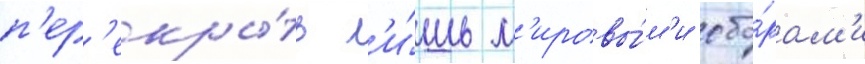
п'ер'екры́ть л'и́шь м'ировы́м'и сбо́рам'и